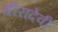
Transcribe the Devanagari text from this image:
मीरादेवी